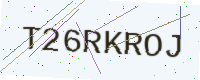
Text: T26RKROJ